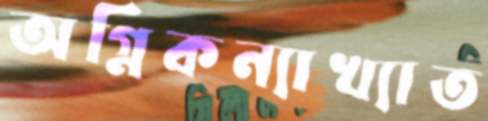
অগ্নিকন্যাখ্যাত